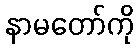
နာမတော်ကို